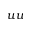
u u